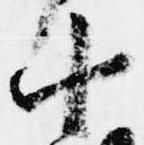
十